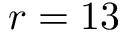
r = 1 3